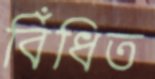
বিঁধিত